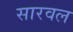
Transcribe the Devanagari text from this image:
सारवल